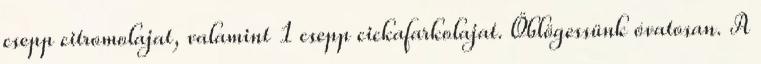
csepp citromolajat, valamint 1 csepp cickafarkolajat. Öblögessünk óvatosan. A